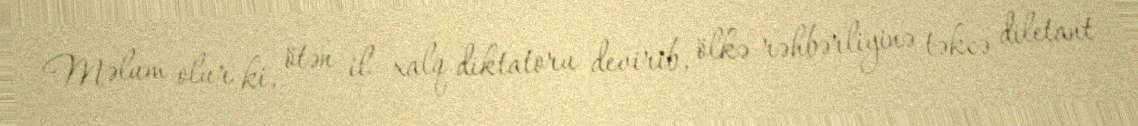
Məlum olur ki, ötən il xalq diktatoru devirib, ölkə rəhbərliyinə təkcə diletant